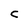
Character: C